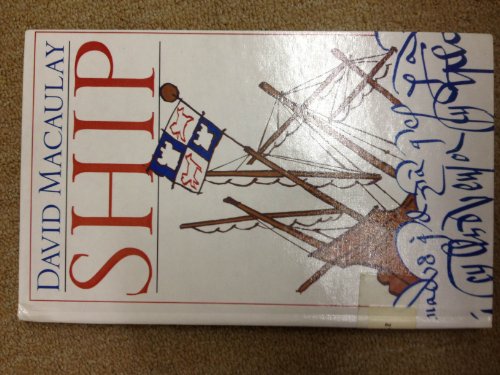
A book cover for Ship; David MacAulay; Teen & Young Adult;